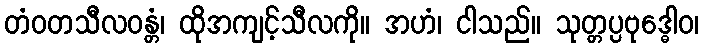
တံဝတသီလဝန္တံ၊ ထိုအကျင့်သီလကို။ အဟံ၊ ငါသည်။ သုတ္တပ္ပဗုဒ္ဓေါဝ၊